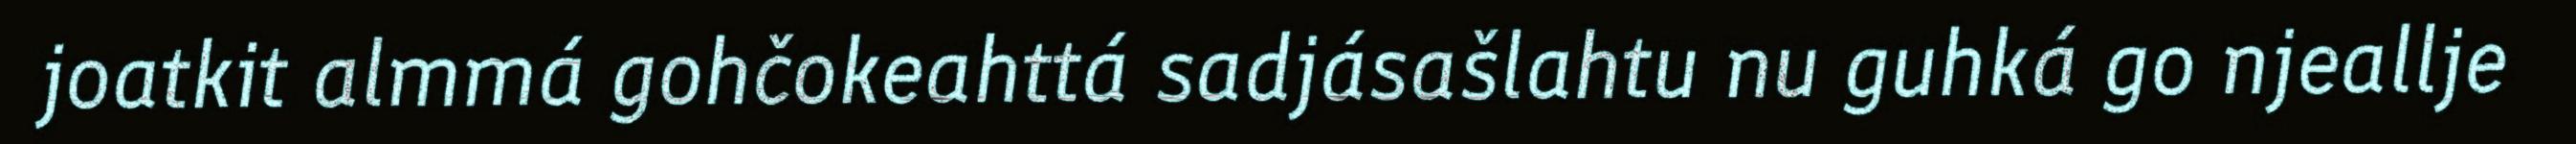
joatkit almmá gohčokeahttá sadjásašlahtu nu guhká go njeallje